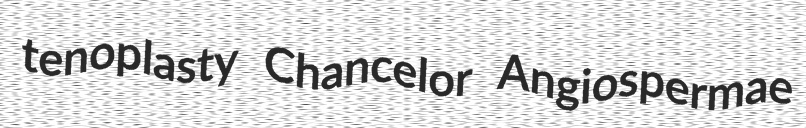
tenoplasty Chancelor Angiospermae